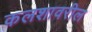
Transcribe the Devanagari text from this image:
कलशावरील